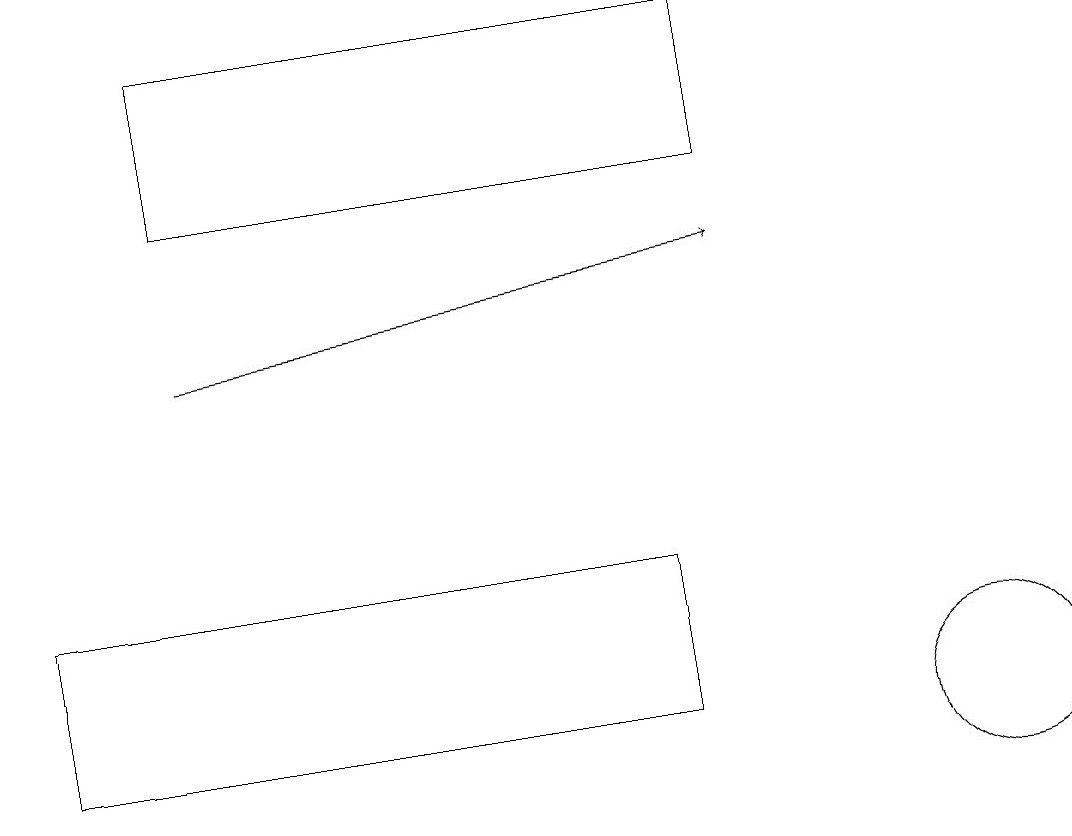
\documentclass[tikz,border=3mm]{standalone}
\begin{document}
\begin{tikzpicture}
\draw (12,10) circle (1);
\draw[->] (2,15) -- (9,16);
\draw (8,10) rectangle (0,12);
\draw (2,12) rectangle (0,12);
\draw (9,17) rectangle (2,19);
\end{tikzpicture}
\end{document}